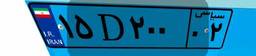
۶۶D۷۰۸۸۶